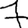
Digit: 7